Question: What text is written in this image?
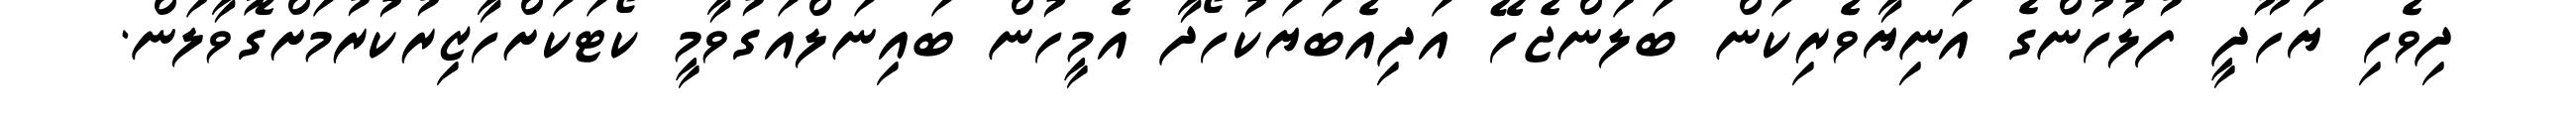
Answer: ދިވެހި ޔަހޫދީ ފުލުހުންގެ އަނިޔާވެރިކަން ބަލަންޖެހޭ އަދިއެބަޔަކުހޯދާ އެމީހުން ބައިނަލްއަގުވާމީ ކޯޓަކަށްހާޒިރުކުރުމަށްގޮވާލަން.